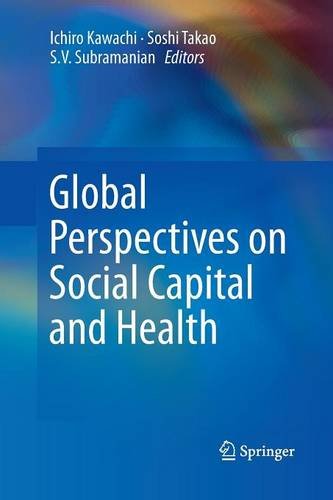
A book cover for Global Perspectives on Social Capital and Health; Business & Money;